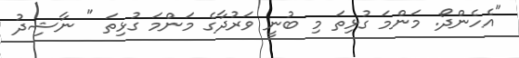
"އެހެންދޯ. މަންމަ ގުޅިތަ މި ބުނީ ވަރުދާގެ މަންމަ ގުޅިތަ " ނާޝިދު